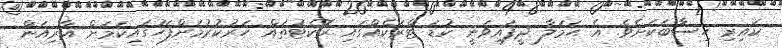
ކައިރި ހިސާބަކަށެވެ. އެ ޙަމަލާ ދީފައިވަނީ ކުޑަ ޓްރަކެއްގައި ރޮކެޓުތައް ހަރުކުރުމަށްފަހުގައިކަމަށް އާރިއަން